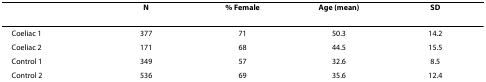
|  | N | % Female | Age (mean) | SD |
 | --- | --- | --- | --- | --- |
 | Coeliac 1 | 377 | 71 | 50.3 | 14.2 |
 | Coeliac 2 | 171 | 68 | 44.5 | 15.5 |
 | Control 1 | 349 | 57 | 32.6 | 8.5 |
 | Control 2 | 536 | 69 | 35.6 | 12.4 |